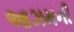
આઝમની